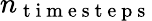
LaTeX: n_{\mathrm{~t~i~m~e~s~t~e~p~s~}}